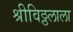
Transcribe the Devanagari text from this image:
श्रीविठ्ठलाला